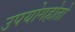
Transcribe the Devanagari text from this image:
उपयोगहोतो